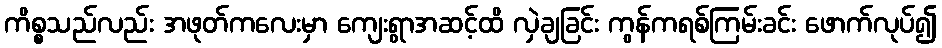
ကိစ္စသည်လည်း အဖုတ်ကလေးမှာ ကျေးရွာအဆင့်ထိ လှဲချခြင်း ကွန်ကရစ်ကြမ်းခင်း ဖောက်လုပ်၍